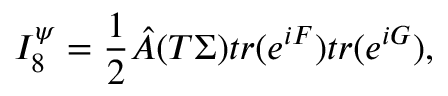
I _ { 8 } ^ { \psi } = { \frac { 1 } { 2 } } { \hat { A } } ( T \Sigma ) t r ( e ^ { i F } ) t r ( e ^ { i G } ) ,